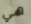
هي